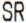
SR